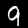
Label: 9